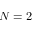
N = 2